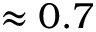
\approx 0 . 7